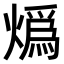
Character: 𤎶